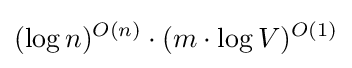
(\log n)^{O(n)}\cdot (m\cdot \log V)^{O(1)}